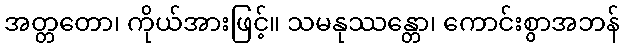
အတ္တတော၊ ကိုယ်အားဖြင့်။ သမနုဿန္တော၊ ကောင်းစွာအဘန်